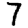
Digit: 7